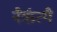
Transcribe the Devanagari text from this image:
नैर्ऋत्यै